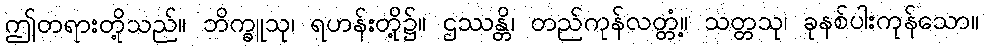
ဤတရားတို့သည်။ ဘိက္ခူသု၊ ရဟန်းတို့၌။ ဌဿန္တိ၊ တည်ကုန်လတ္တံ့။ သတ္တသု၊ ခုနစ်ပါးကုန်သော။